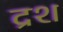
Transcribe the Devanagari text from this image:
द्रश